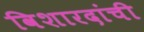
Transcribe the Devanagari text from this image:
विशारदांची